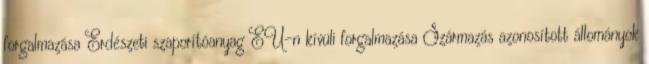
forgalmazása Erdészeti szaporítóanyag EU-n kívüli forgalmazása Származás azonosított állományok